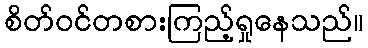
စိတ်ဝင်တစားကြည့်ရှုနေသည်။